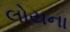
લોયના